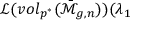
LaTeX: \mathcal { L ( } v o l _ { p ^ { \ast } } ( \mathcal { \bar { M } } _ { g , n } ) ) ( \lambda _ { 1 }